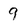
Character: 9